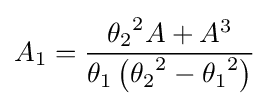
A_{1}={\frac {{\theta _{2}}^{2}A+A^{3}}{\theta _{1}\left({\theta _{2}}^{2}-{\theta _{1}}^{2}\right)}}